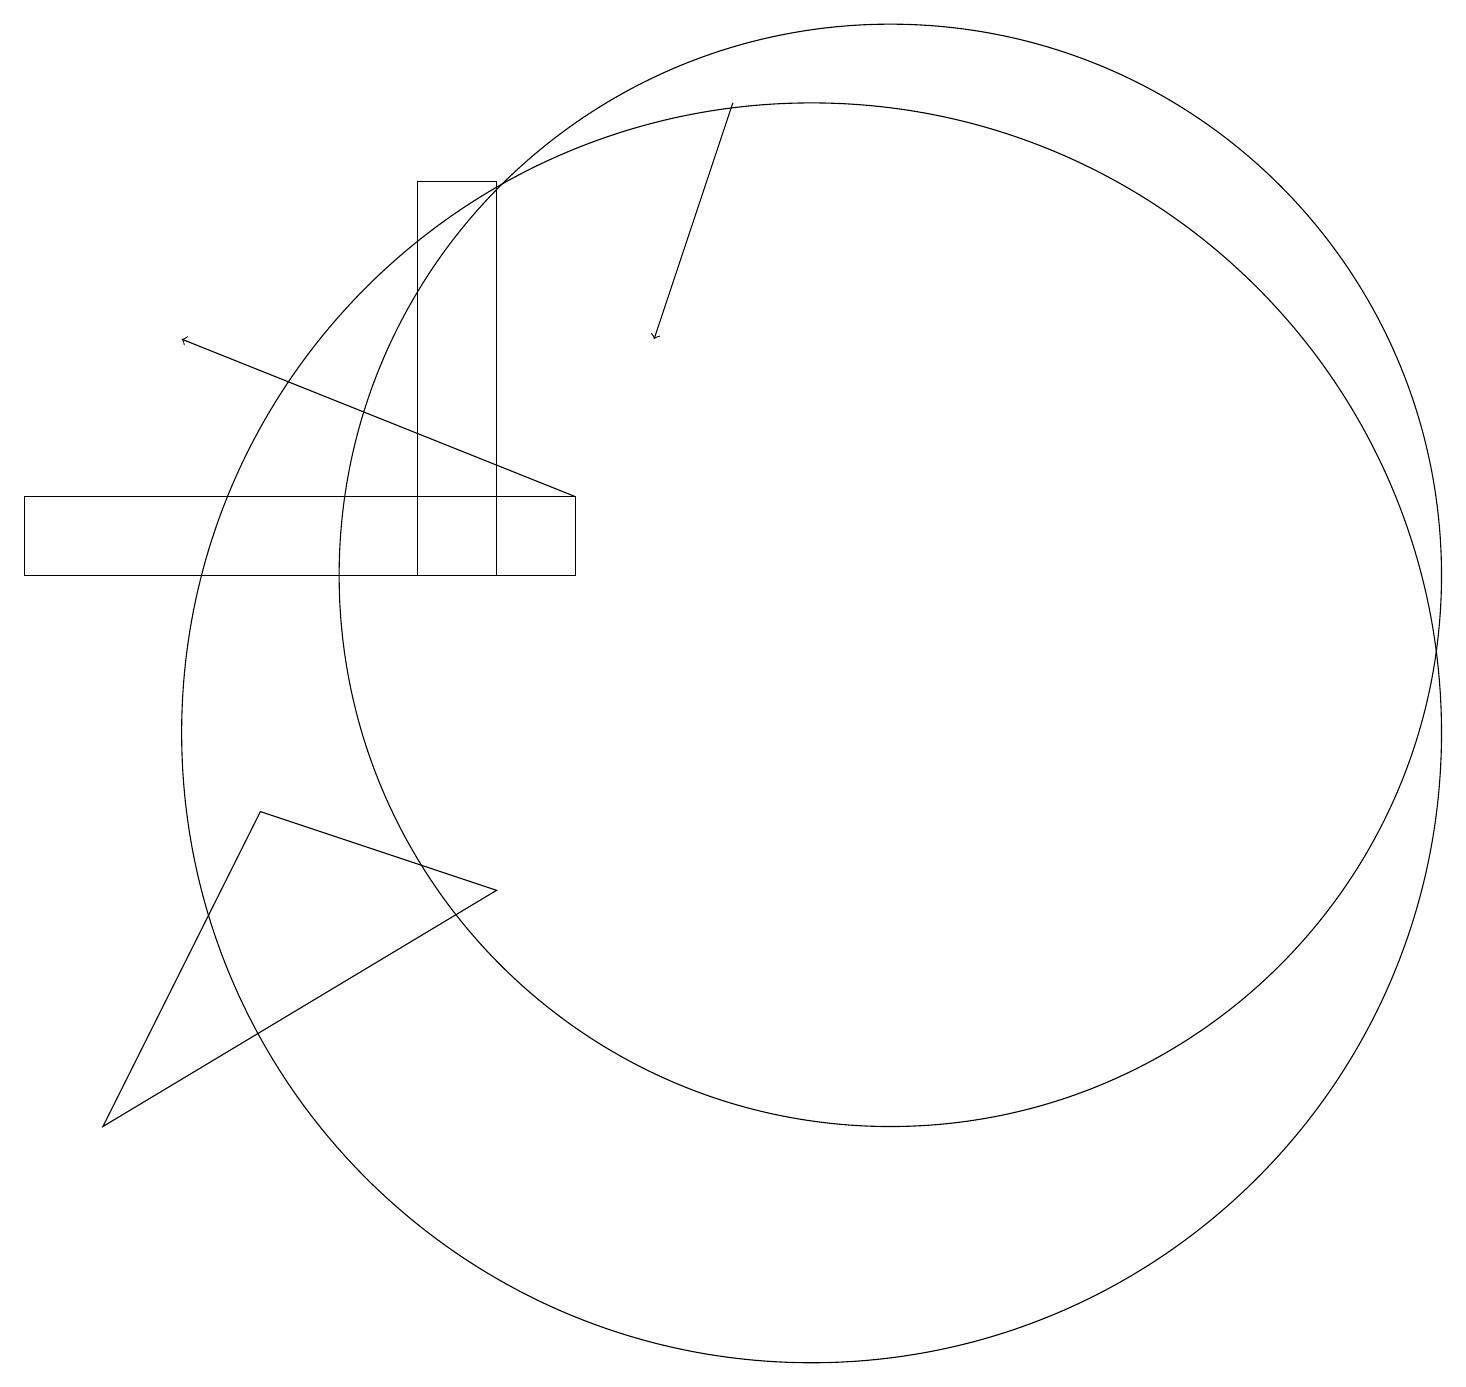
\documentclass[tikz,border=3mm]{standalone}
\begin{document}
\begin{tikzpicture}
\draw (1,5) -- (6,8) -- (3,9) -- cycle;
\draw[->] (9,18) -- (8,15);
\draw[->] (7,13) -- (2,15);
\draw (7,13) rectangle (0,12);
\draw (10,10) circle (8);
\draw (5,12) rectangle (6,17);
\draw (11,12) circle (7);
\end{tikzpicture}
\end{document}